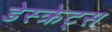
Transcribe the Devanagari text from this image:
डेस्क्रेट्स